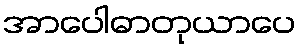
အာပေါဓာတုယာပေ